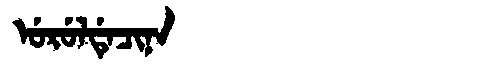
Manchu: ᡠᡵᡠᠯᡩᡝᠴᡳᠨᠠ
Romanization: URULDECINA